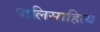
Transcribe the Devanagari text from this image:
पालिसाहित्य